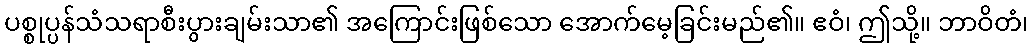
ပစ္စုပ္ပန်သံသရာစီးပွားချမ်းသာ၏ အကြောင်းဖြစ်သော အောက်မေ့ခြင်းမည်၏။ ဧဝံ၊ ဤသို့။ ဘာဝိတံ၊